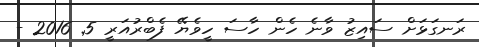
ރަނގަޅަށް ސައިޒު ވާނެ ހެން ހާސަ ހީވެޔޭ ފެބްރުއަރީ 5